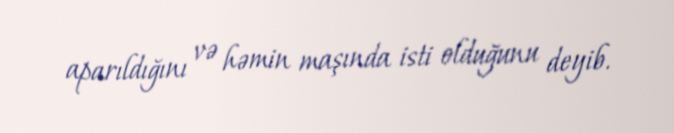
aparıldığını və həmin maşında isti olduğunu deyib.